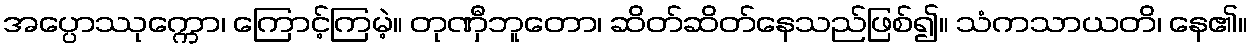
အပ္ပောဿုက္ကော၊ ကြောင့်ကြမဲ့။ တုဏှီဘူတော၊ ဆိတ်ဆိတ်နေသည်ဖြစ်၍။ သံကသာယတိ၊ နေ၏။